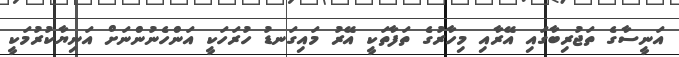
އަނީސާގެ ތަޖުރިބާގައި އޭރާއި މިހާރުގެ ތަފާތަކީ އޭރު މައިގަނޑު ހުރަހަކީ އަންހެނުންނަށް އަނިޔާކުރުމަކީ